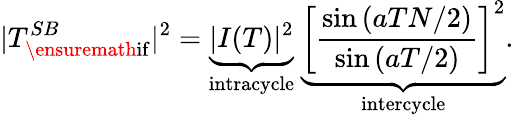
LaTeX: |T_{\ensuremath{\mathrm{if}}}^{SB}|^{2}=\underbrace{|I(T)|^{2}}_{\textrm{intracycle}}~\underbrace{\left[\frac{\sin{(aTN/2)}}{\sin{(aT/2)}}\right]^{2}}_{\textrm{intercycle}}.